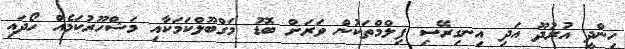
ހިންދީ އުރުދޫ އަދި އިނގިރޭސި ފިލްމްތަކުން ވަރަށް ބޮޑު މަގްބޫލްކަމަކާއި މަޝްހޫރުކަމެއް ހޯދައި